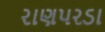
રાણપરડા